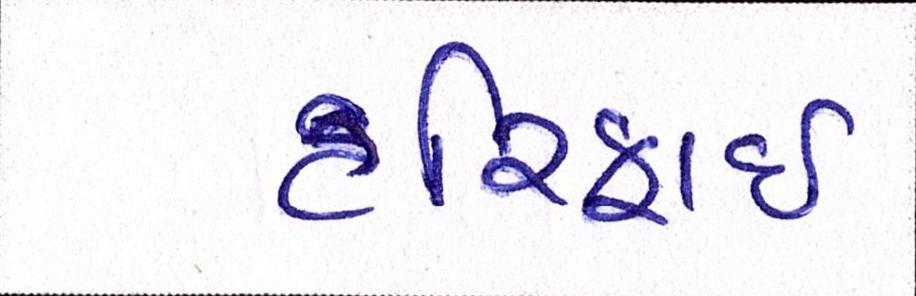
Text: હરિફાઇ